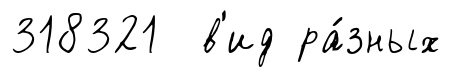
318321 в'ид ра́зных